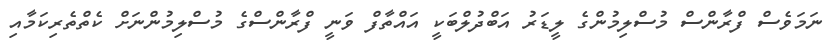
ނަމަވެސް ފްރާންސް މުސްލިމުންގެ ލީޑަރު އަބްދުލްބަކީ އައްތާފް ވަނީ ފްރާންސްގެ މުސްލިމުންނަށް ކެތްތެރިކަމާއި